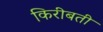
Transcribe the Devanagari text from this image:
किरीबती